Scottish Leaving Certificate Examination, 1954
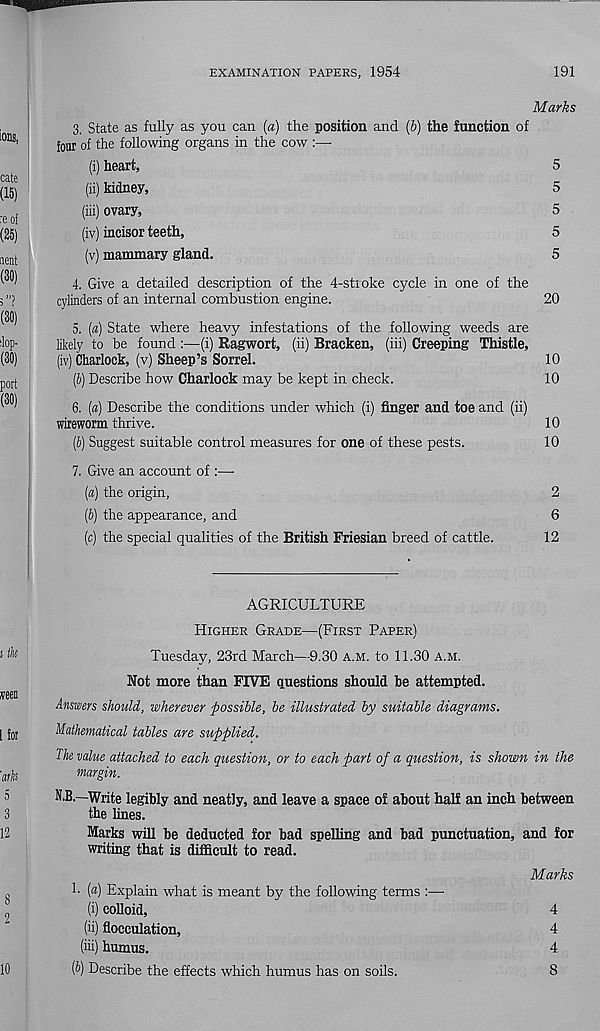
EXAMINATION PAPERS, 1954
191
Marks
3. State as fully as you can (a) the position and (5) the function of
four of the following organs in the cow
(i) heart,
5
(ii) kidney,
5
(ill) ovary,
5
(iv) incisor teeth,
5
(v) mammary gland.
5
4. Give a detailed description of the 4-stroke cycle in one of the
cylinders of an internal combustion engine.
20
5. («) State where heavy infestations of the following weeds are
likely to be found :—(i) Ragwort, (ii) Bracken, (iii) Creeping Thistle,
(iv) Charlock, (v) Sheep’s Sorrel.
10
(6) Describe how Charlock may be kept in check.
10
6. [a) Describe the conditions under which (i) finger and toe and (ii)
wireworm thrive.
10
(J) Suggest suitable control measures for one of these pests.
10
7. Give an account of :—•
(a) the origin,
2
(b) the appearance, and
6
(c) the special qualities of the British Friesian breed of cattle.
12
AGRICULTURE
Higher Grade—(First Paper)
Tuesday, 23rd March—9.30 A.M. to 11.30 A.M.
Not more than FIVE questions should be attempted.
Answers should, wherever possible, be illustrated by suitable diagrams.
Mathematical tables are supplied.
The value attached to each question, or to each part of a question, is shown in the
margin.
N,B.—Write legibly and neatly, and leave a space of about half an inch between
the lines.
Marks will be deducted for bad spelling and bad punctuation, and for
writing that is difficult to read.
Marks
h [a) Explain what is meant by the following terms :—
(i) colloid,
4
(ii) flocculation,
4
(iii) humus.
4
[b) Describe the effects which humus has on soils.
8